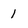
Character: 1